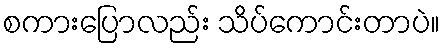
စကားပြောလည်း သိပ်ကောင်းတာပဲ။